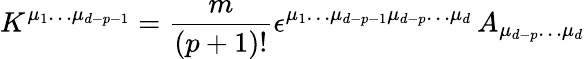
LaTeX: K^{\mu_{1}\dots\mu_{d-p-1}}={\frac{m}{(p+1)!}}\epsilon^{\mu_{1}\dots\mu_{d-p-1}\mu_{d-p}\dots\mu_{d}}\, A_{\mu_{d-p}\dots\mu_{d}}